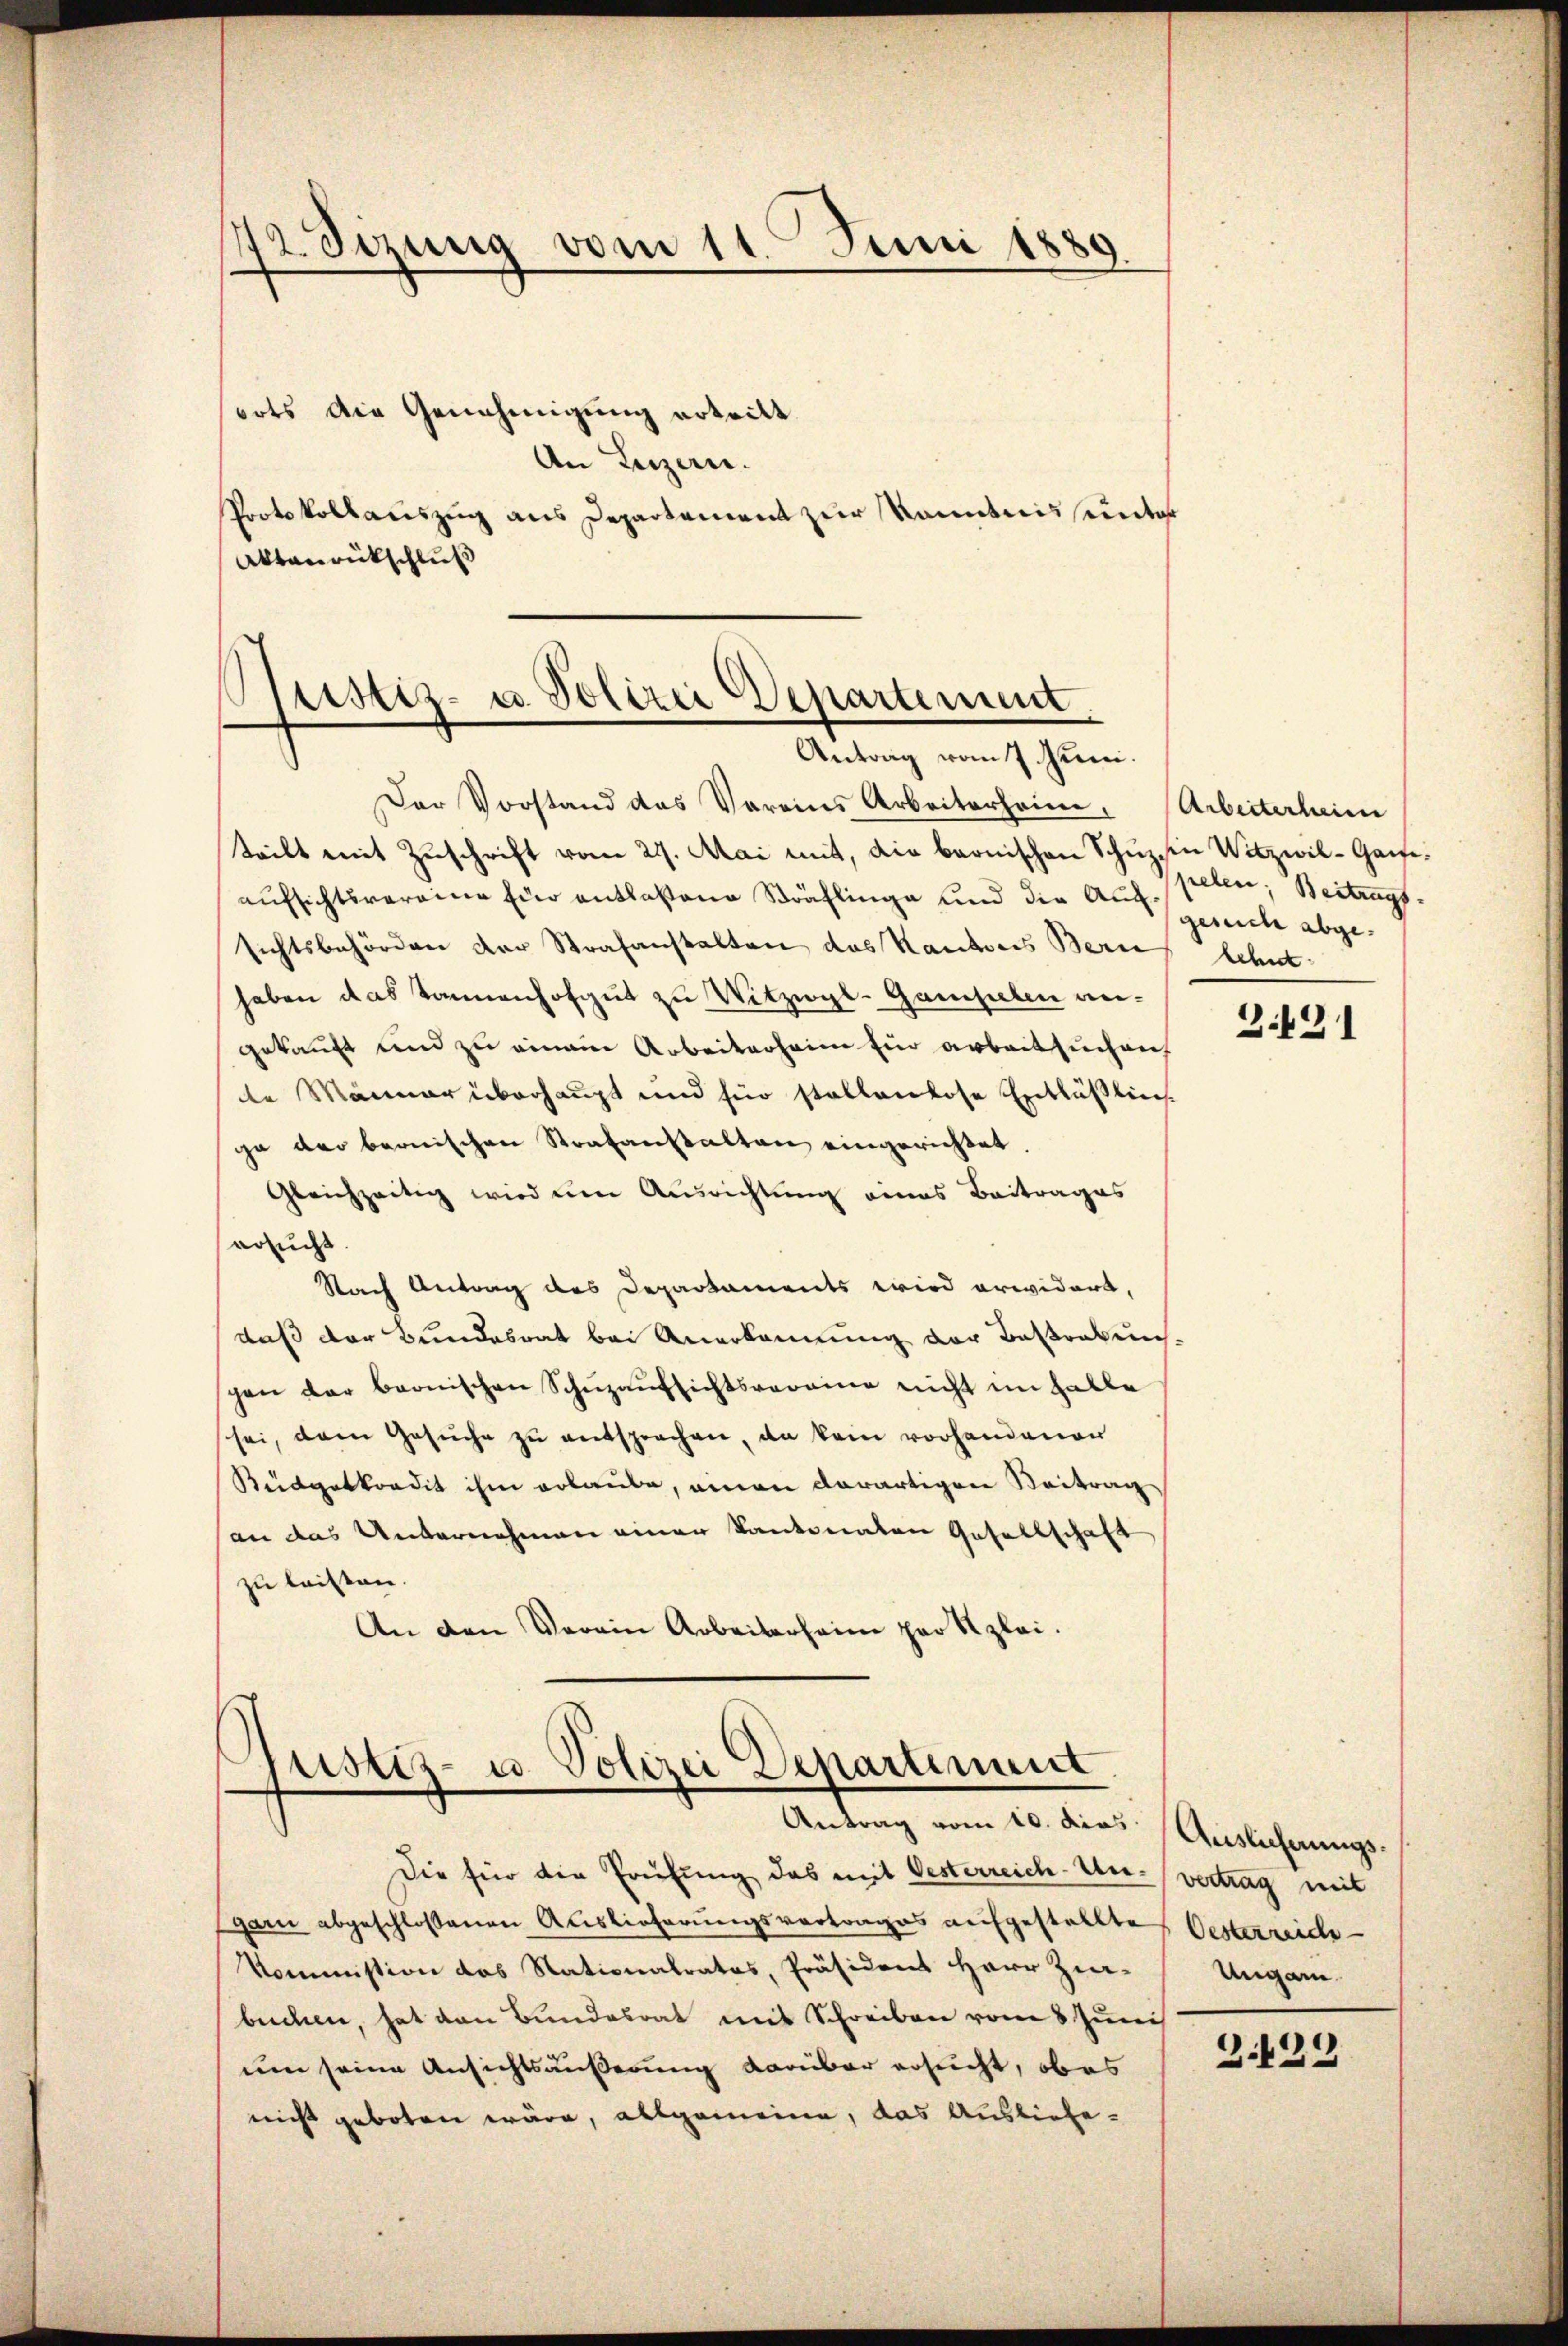
42. Sezung vom 11. Juni 1889

orts die Genehmigung erteilt.
An Luzern.
Protokollauszug aus Departement zur kanntnis sunter
Aktanrückschluß

Justiz- u. Polizei Departement
Antrag vom 7. Juni.

Gustiz- u. Polizei Departement.
Antrag vom 10. dies

Der Vorstand das Vereins Arbeiterheim. Arbeiterheim
teilt mit Zuschrift vom 23. Mai mit, die beonischen Schuz in Vitzwil-Gaifeaufsichtsvereine Eier entlaßene Sträflinge und die Angesiche abgesichtsbehörden der Strafanstalten das Kantores Bern
haben das kannenhofgut zu Witzigl-Gampelen angekauft und zu einem Arbeiterheim Ein arbeitsuchen
te Männer überhaupt und für stellenlose Entläßliis
ge der bernischen Strafanstalten eingerichtet.
Gleichzeitig wird um Ausrichtung eines Beitrages
ersucht
Nach Antrag des Departaments wird erwidert,
daß der Bundesrat bei Anerkannung der Bestreben,
gen der beonischen Schŭzaŭfsichtsvereine nicht im Falle
sei, dem Gesuche zu entsprochen, da kein vorhandenen
Büdgetkondit ihm erlaube, einen derartigen Beitrag
an das Unternehmen einer Kantonaten Gesellschaft
zu leisten.
An den Verein Arbeiterhaim per Szlei.

Die für die Prüfung das mit Oesterreich-Un- vertrag mit
garn abgeschlossenen Auslieferungsvortrages aufgestellte Oesterreiche
Kommission das Nationalratos, Präsident Herr Zin-
buchen, hat den Bundesrat mit Schreiben vom 8 Juni
um seine Ansichtsäußerung darüber ersucht, ob es
nicht geboten wäre, allgemeine, das Ausliefe¬

pelen; Beitrags-
lehnt.

3.491

Auslicherungs¬
Ungarn.

3.439